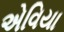
એવિયા